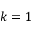
k = 1